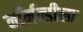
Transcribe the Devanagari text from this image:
नॉर्मन्डीला